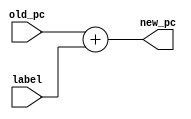
module jump_pc (old_pc, label, new_pc);
    input [31:0] old_pc;
    input [31:0] label;
    output [31:0] new_pc;

    assign new_pc = old_pc + label;
endmodule